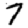
Digit: 7